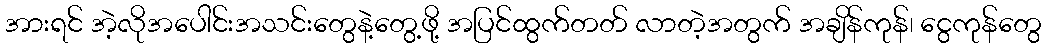
အားရင် အဲ့လိုအပေါင်းအသင်းတွေနဲ့တွေ့ဖို့ အပြင်ထွက်တတ် လာတဲ့အတွက် အချိန်ကုန်၊ ငွေကုန်တွေ